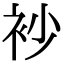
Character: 𧘡